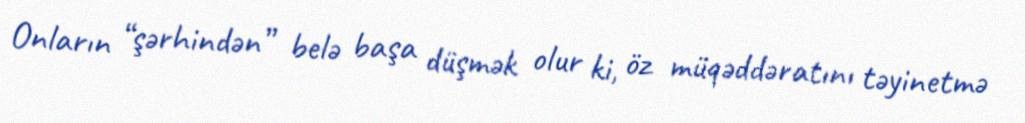
Onların “şərhindən” belə başa düşmək olur ki, öz müqəddəratını təyinetmə